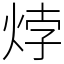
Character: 㶿